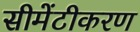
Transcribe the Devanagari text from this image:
सीमेंटीकरण